Civil Veterinary Department Bihar reports 1940-50 - 1940-1950
Year: 1940
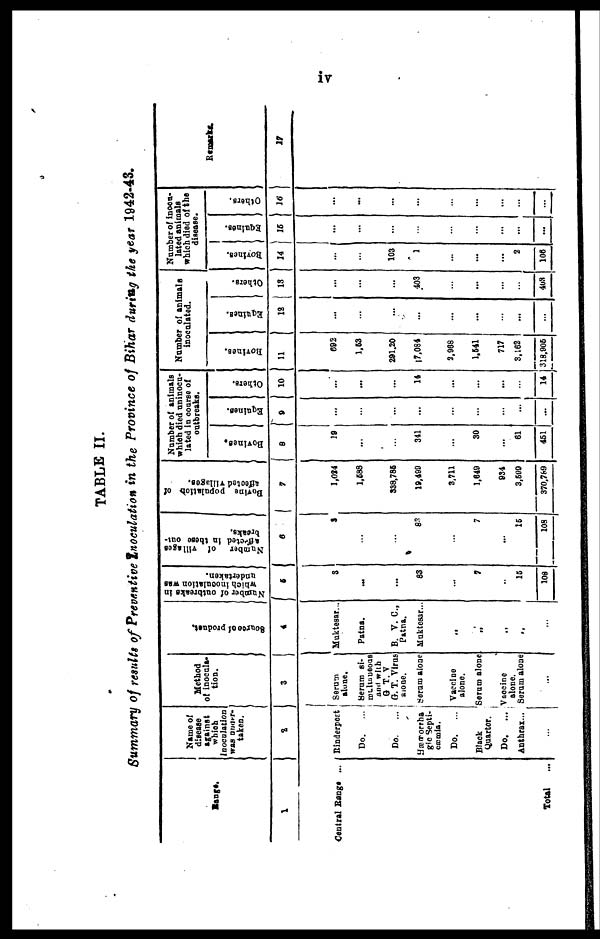
iv
TABLE II.
Summary of results of Preventive Inoculation in the Province of Bihar during the year 1942-43.
Range.
1
Central Range ...
Total
...
Name of
disease
against
which
inoculation
was under-
taken.
2
Rinderpest
Do. ...
Do. ...
Hæmorrha
gic Septi-
cæmia.
Do.
...
Black
Quarter.
Do.
...
Anthrax...
...
Method
of inocula-
tion.
3
Serum
alone.
Serum si-
multaneous
and with
G T. V
G. T. Virus
alone.
Serum alone
Vaccine
alone.
Serum alone
Vaccine
alone.
Serum alone
...
Source of product.
4
Muktesar...
Patna.
B. V. C.,
Patna.
Muktesar...
...
...
...
..
...
Number of outbreaks in
which inoculation was
undertaken.
5
3
...
...
83
...
7
...
15
108
Number
of villages
affected in these out-
breaks.
6
3
...
...
83
...
7
...
15
108
Bovine
population of
affected Tillages.
7
1,024
1,588
338,785
19,409
3,711
1,649
934
3,599
370,769
Number of animals
which died uninocu-
lated in course of
outbreaks.
Bovines.
8
19
...
...
341
...
30
...
61
451
Equines.
9
...
...
...
...
...
...
...
...
...
Others.
10
...
...
...
14
...
...
...
...
14
Number of animals
inoculated.
Bovines.
11
692
1,53
291.20
17,084
2,968
1,541
717
3,162
318,905
Equines.
12
...
...
...
...
...
...
...
...
...
Others.
13
...
...
...
403
...
...
...
...
403
Number of inocu-
lated animals
which died of the
disease.
Bovines.
14
...
...
103
1
...
...
...
2
106
Equines.
15
...
...
...
...
...
...
...
...
...
Others.
16
...
...
...
...
...
...
...
...
...
Remarks.
17